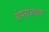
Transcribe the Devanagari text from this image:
ग्रंथराजाच्या